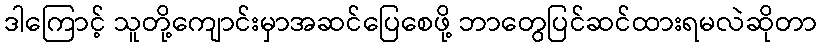
ဒါကြောင့် သူတို့ကျောင်းမှာအဆင်ပြေစေဖို့ ဘာတွေပြင်ဆင်ထားရမလဲဆိုတာ